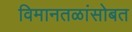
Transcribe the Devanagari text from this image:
विमानतळांसोबत